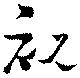
祝